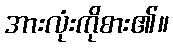
အားလုံးကိုစား၏။